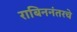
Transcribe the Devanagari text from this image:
राबिननंतरचे